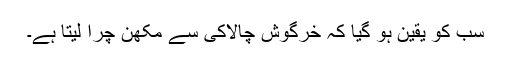
سب کو یقین ہو گیا کہ خرگوش چالاکی سے مکھّن چُرا لیتا ہے۔